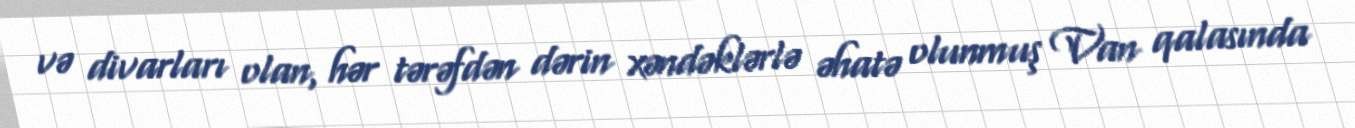
və divarları olan, hər tərəfdən dərin xəndəklərlə əhatə olunmuş Van qalasında